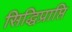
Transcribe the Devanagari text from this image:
सिद्धिप्राप्ति